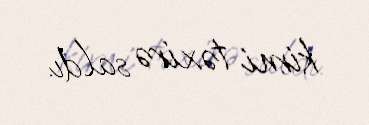
kimi təxirə saldı.